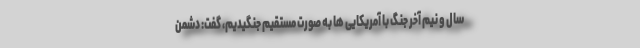
سال و نیم آخر جنگ با آمریکایی ها به صورت مستقیم جنگیدیم، گفت: دشمن